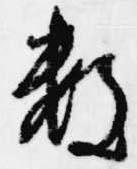
数